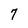
Character: 7